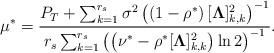
LaTeX: \begin{align*} \mu^*=\frac{P_T+\textstyle\sum_{k=1}^{r_s} {\sigma^2}\left(\left(1-\rho^*\right)[\boldsymbol{\Lambda}]_{k,k}^2\right)^{-1}}{r_s\textstyle\sum_{k=1}^{r_s}\left(\left(\nu^*-\rho^*[\boldsymbol{\Lambda}]_{k,k}^2\right)\ln2\right)^{-1}}.\end{align*}